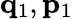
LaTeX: \mathbf{q}_{1},\mathbf{p}_{1}